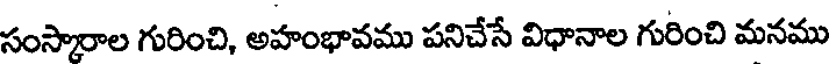
సంస్కారాల గురించి, అహంభావము పనిచేసే విధానాల గురించి మనము